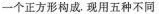
一个正方形构成，现用五种不同